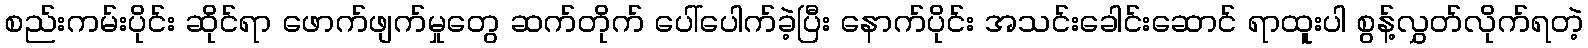
စည်းကမ်းပိုင်း ဆိုင်ရာ ဖောက်ဖျက်မှုတွေ ဆက်တိုက် ပေါ်ပေါက်ခဲ့ပြီး နောက်ပိုင်း အသင်းခေါင်းဆောင် ရာထူးပါ စွန့်လွှတ်လိုက်ရတဲ့